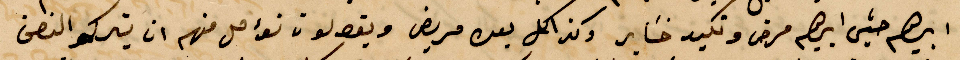
ابرهيم حبيش ابرهيم مرض وتمبد خساير وكذلك بعدو مريض ويقولون نؤمل منهم ان يتركو النصف